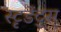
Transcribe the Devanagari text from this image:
स्टृडेंट्स्